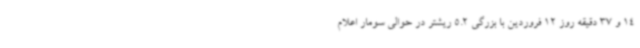
14 و 37 دقیقه روز 12 فروردین با بزرگی 5.2 ریشتر در حوالی سومار اعلام